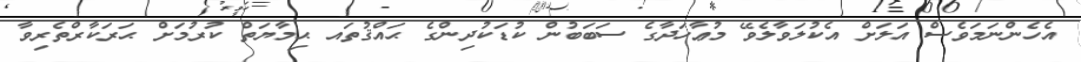
އެހެންނަމަވެސް އަލަށް އެކުލަވާލެވޭ މުޢާހަދާގެ ސަބަބުން ކުޑަކުދިންގެ ޙައްޤުތައ ޙިމާޔަތް ކުރުމަށް ޙަރަކާރްތެރިވާ